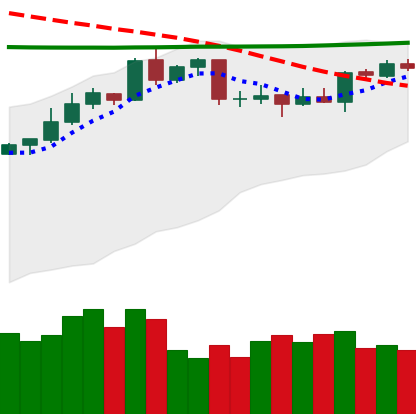
Ticker: XMR-USD
Chart end date: 2020-04-19
Forward return: 6.129%
Label: up_5_7